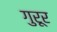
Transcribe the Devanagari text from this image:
गुरूर